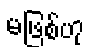
မဖြစ်ဟု